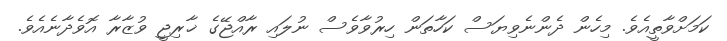
ކަމަށްވާތީއެވެ. މިހެން ދެންނެވިޔަސް ކަހާތަން ހިރުވާވެސް ނުލައި ރާއްޖޭގެ ޚާރިޖީ ވުޒާރާ އޮވެދާނެއެވެ.